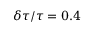
\delta \tau / \tau = 0 . 4